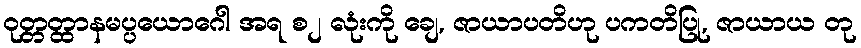
ဝုတ္တတ္ထာနမပ္ပယောဂေါ အရ စ၂ လုံးကို ချေ, ဇာယာပတိဟု ပကတိပြု, ဇာယာယ တု